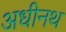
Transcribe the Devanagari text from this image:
अधीनथ